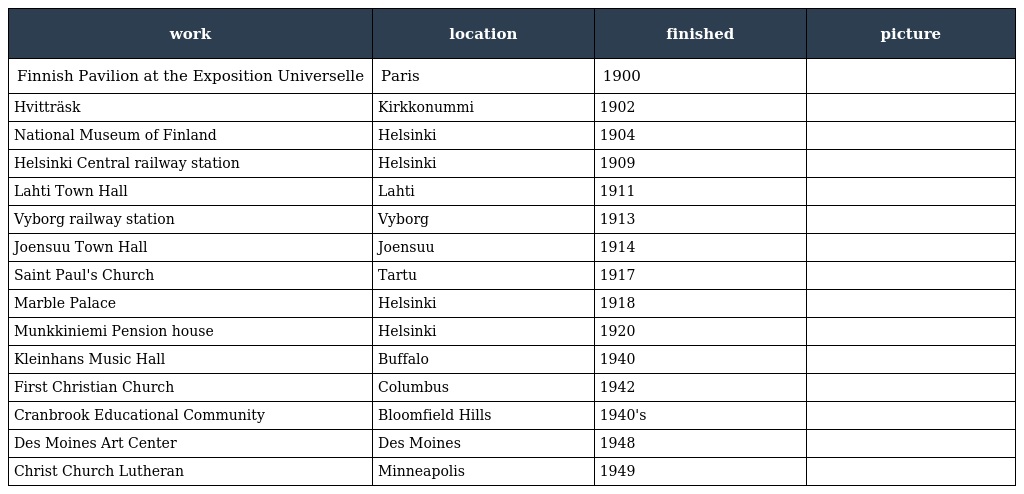
| work | location | finished | picture |
 | --- | --- | --- | --- |
 | Finnish Pavilion at the Exposition Universelle | Paris | 1900 |  |
 | Hvitträsk | Kirkkonummi | 1902 |  |
 | National Museum of Finland | Helsinki | 1904 |  |
 | Helsinki Central railway station | Helsinki | 1909 |  |
 | Lahti Town Hall | Lahti | 1911 |  |
 | Vyborg railway station | Vyborg | 1913 |  |
 | Joensuu Town Hall | Joensuu | 1914 |  |
 | Saint Paul's Church | Tartu | 1917 |  |
 | Marble Palace | Helsinki | 1918 |  |
 | Munkkiniemi Pension house | Helsinki | 1920 |  |
 | Kleinhans Music Hall | Buffalo | 1940 |  |
 | First Christian Church | Columbus | 1942 |  |
 | Cranbrook Educational Community | Bloomfield Hills | 1940's |  |
 | Des Moines Art Center | Des Moines | 1948 |  |
 | Christ Church Lutheran | Minneapolis | 1949 |  |